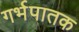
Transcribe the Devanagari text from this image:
गर्भपातक